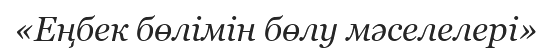
«Еңбек бөлімін бөлу мәселелері»